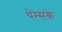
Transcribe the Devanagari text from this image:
थेम्सके